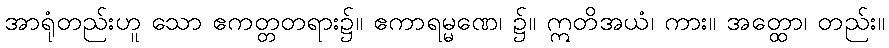
အာရုံတည်းဟူ သော ဧကတ္တတရား၌။ ဧကာရမ္မဏေ၊ ၌။ ဣတိအယံ၊ ကား။ အတ္ထော၊ တည်း။